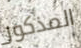
المذكور